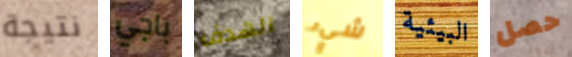
نتيجة باجي الهدف شيء البيئية حصل